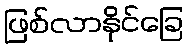
ဖြစ်လာနိုင်ခြေ